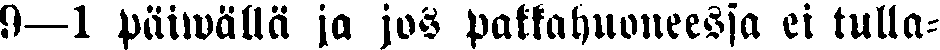
9—1 päiwällä ja jos pakkahuoneessa ei tulla-